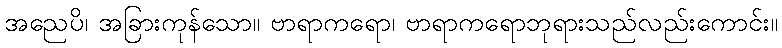
အညေပိ၊ အခြားကုန်သော။ ဗာရာကရော၊ ဗာရာကရောဘုရားသည်လည်းကောင်း။